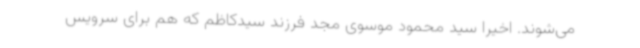
می‌شوند. اخیرا سید محمود موسوی مجد فرزند سیدکاظم که هم برای سرویس